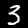
Label: 3